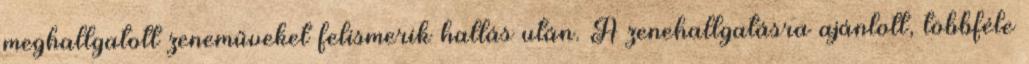
meghallgatott zeneműveket felismerik hallás után. A zenehallgatásra ajánlott, többféle